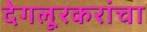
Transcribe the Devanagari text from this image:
देगलूरकरांचा